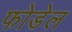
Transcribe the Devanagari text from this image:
फोडेल